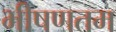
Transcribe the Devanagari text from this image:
भीषणतम